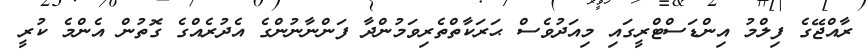
ރާއްޖޭގެ ފިލްމު އިންޑަސްޓްރީގައި މިއަދުވެސް ޙަރަކާތްތެރިވަމުންދާ ފަންނާނުންގެ އެދުރެއްގެ ގޮތުން އެންމެ ކުރީ